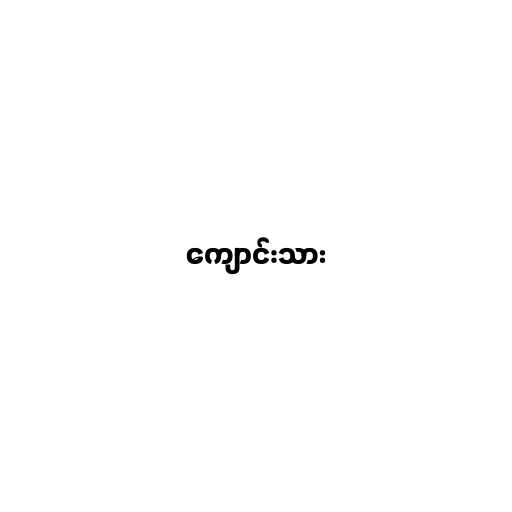
ကျောင်းသား